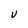
Character: U